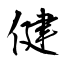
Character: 健